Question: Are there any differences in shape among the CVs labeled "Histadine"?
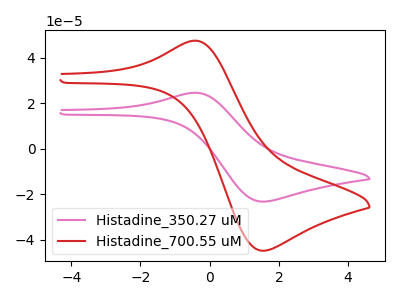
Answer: <think>The pink curve "Histadine_350.27 uM" has an anodic peak at (-0.40V, 24.65uA) and a cathodic peak at (1.55V, -23.25uA). The red curve "Histadine_700.55 uM" has an anodic peak at (-0.40V, 47.60uA) and a cathodic peak at (1.55V, -44.90uA).
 All the peaks in "Histadine_350.27 uM" have a peak in "Histadine_700.55 uM" at the same potential. Every peak in "Histadine_350.27 uM" is lower than every peak in "Histadine_700.55 uM".</think>
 <answer>All the CV's of "Histadine" have similar shape.</answer>
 <eval>follow_rule</eval>